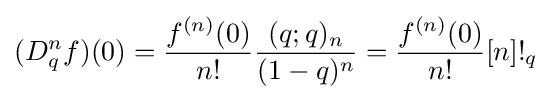
(D_{q}^{n}f)(0)={\frac {f^{(n)}(0)}{n!}}{\frac {(q;q)_{n}}{(1-q)^{n}}}={\frac {f^{(n)}(0)}{n!}}[n]!_{q}